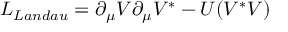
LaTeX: L _ { L a n d a u } = \partial _ { \mu } V \partial _ { \mu } V ^ { * } - U ( V ^ { * } V )